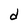
Character: d